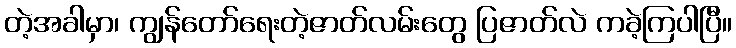
တဲ့အခါမှာ၊ ကျွန်တော်ရေးတဲ့ဇာတ်လမ်းတွေ ပြဇာတ်လဲ ကခဲ့ကြပါပြီ။